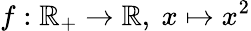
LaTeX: f:\mathbb{R}_{+}\to\mathbb{R},\ x\mapsto x^{2}